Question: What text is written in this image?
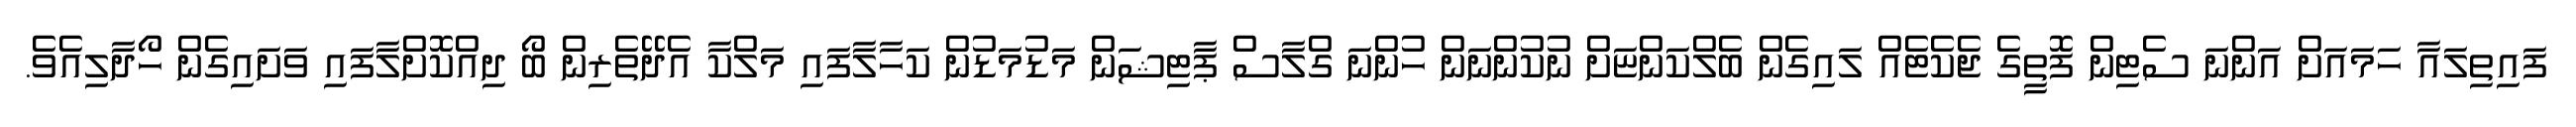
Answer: ފައިތިލައާ ހަމައަށް އަންނަ ސެޓިން ފޮތީގެ ޖެކެޓެއް ލައިގެން ބެލްކަންޏަށް ނުކުންނަން ހުންނަ ގްލާސް ޕާޓިޝަން މަޑުމަޑުން ކަހާލާފައި މަލްކާ އެދޭތެރިން ބޯ ދިއްކޮށްލާފައި ވަށައިގެން ހޯދާލިއެވެ.